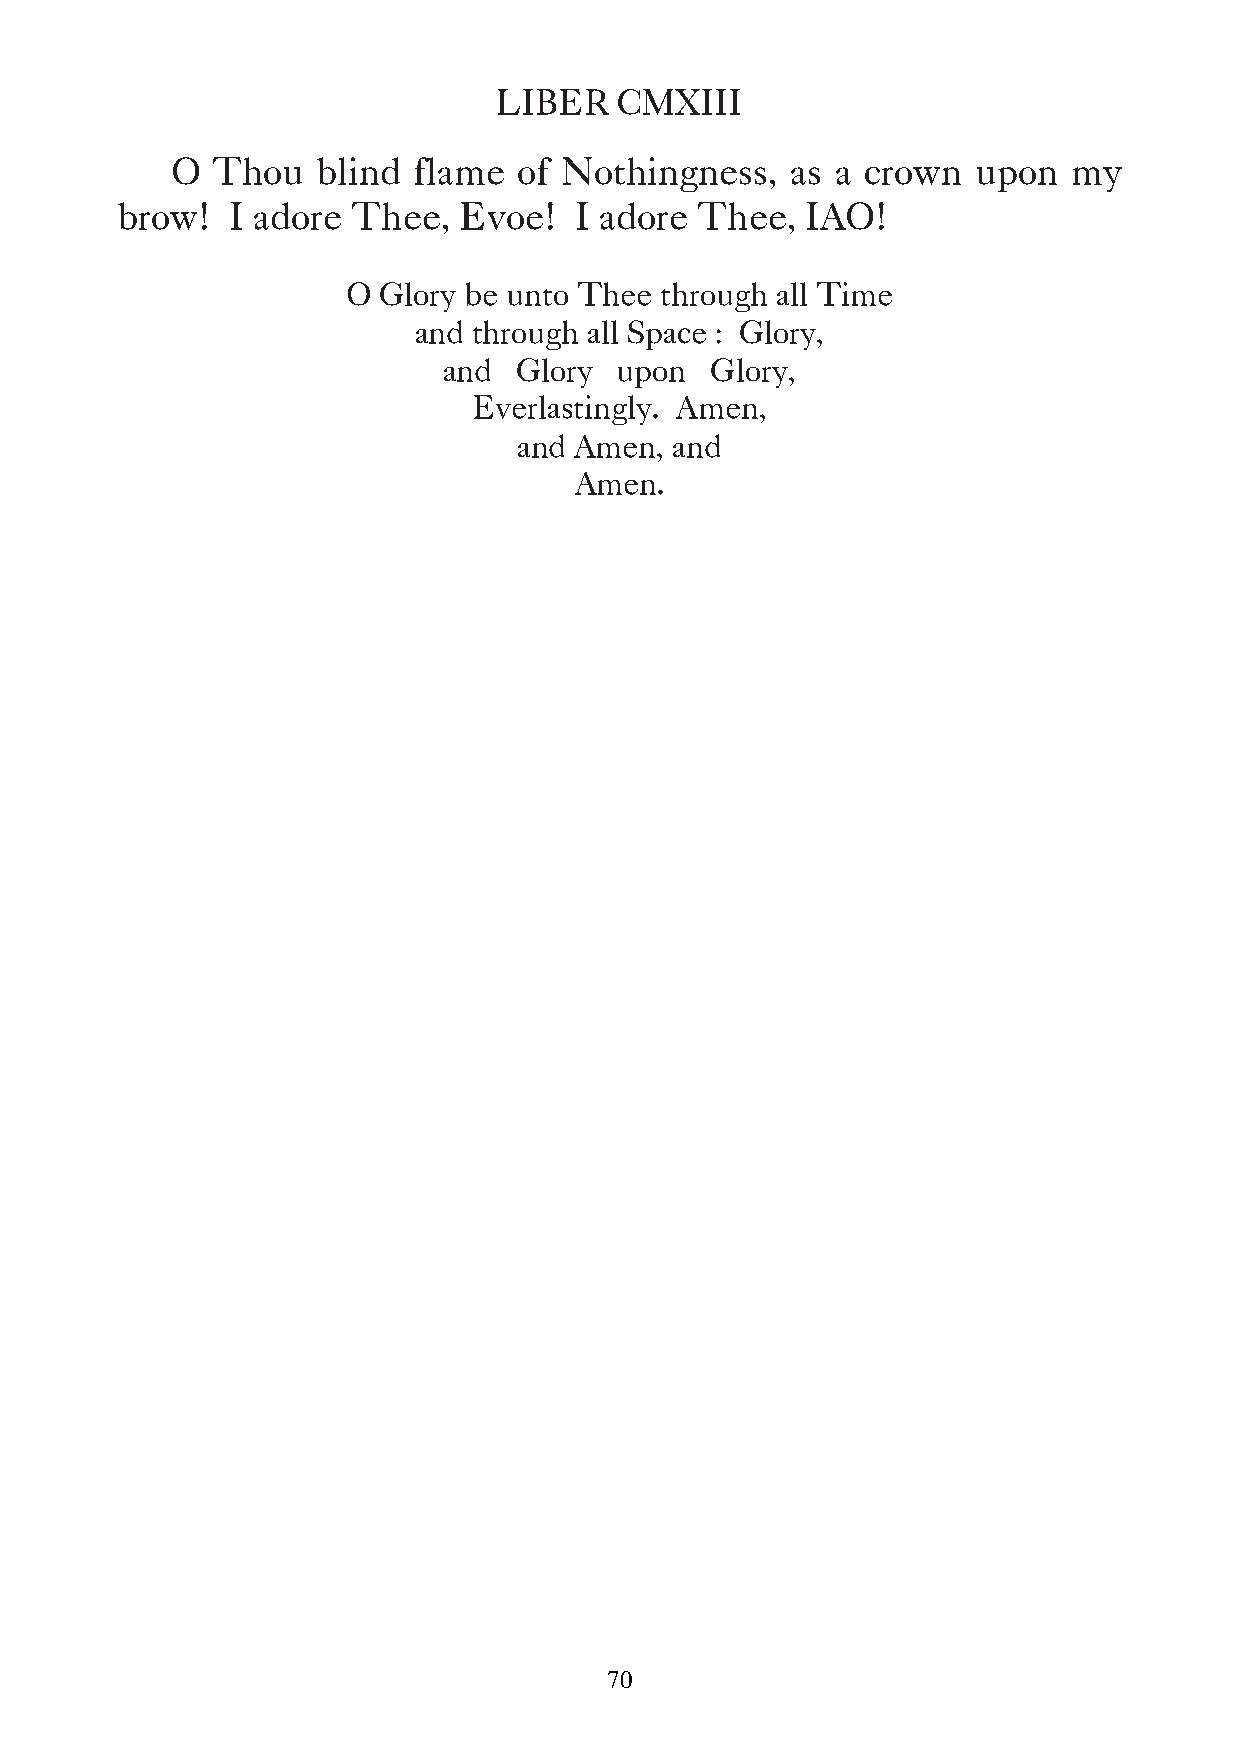
LIBER   CMXIII
 O  Thou   blind flame  of Nothingness,   as a crown   upon  my
 brow!  I adore Thee,  Evoe!   I adore Thee,  IAO!
 O Glory be unto Thee through all Time
 and through all Space : Glory,
 and  Glory  upon  Glory,
 Everlastingly. Amen,
 and Amen, and
 Amen.
 70